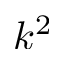
k ^ { 2 }